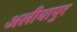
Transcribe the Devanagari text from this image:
अलीयापुर